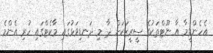
އެހެންވީމާ އާ ނޫޓްތަކުގެ ސީރީޒަކަށް ދާ މި ދަނޑިވަޅުގައި މާކެޓްގައި ހުރި އެންމެ